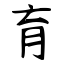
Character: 育